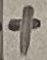
Text: +